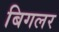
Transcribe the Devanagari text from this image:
बिगलर